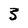
Character: 3